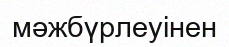
мәжбүрлеуінен